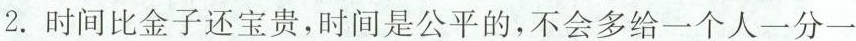
2. 时间比金子还宝贵，时间是公平的，不会多给一个人一分一